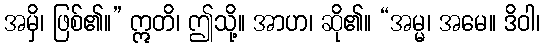
အမှိ၊ ဖြစ်၏။” ဣတိ၊ ဤသို့။ အာဟ၊ ဆို၏။ “အမ္မ၊ အမေ။ ဒိဝါ၊